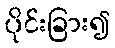
ပိုင်းခြား၍